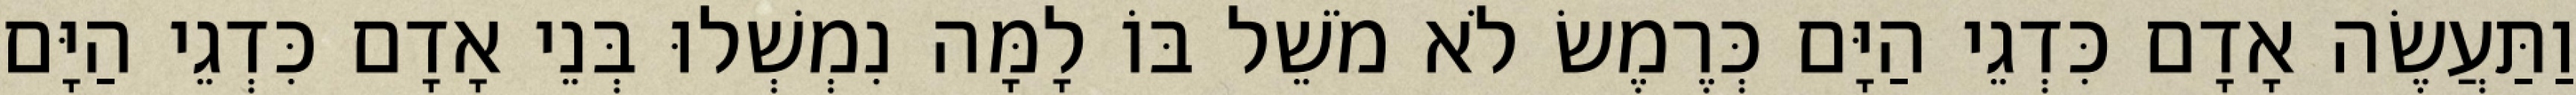
וַתַּעֲשֶׂה אָדָם כִּדְגֵי הַיָּם כְּרֶמֶשׂ לֹא מֹשֵׁל בּוֹ לָמָּה נִמְשְׁלוּ בְּנֵי אָדָם כִּדְגֵי הַיָּם